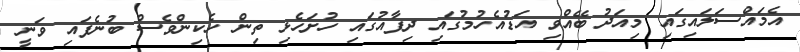
އެމައްސަލައިގައި މިއަދު ބޭއްވި އަޑުއެހުމުގައި ދިފާއުގައި ހުށަހެޅި ތިން ހެކިންވެސް ބުނެފައި ވަނީ